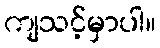
ကျသင့်မှာပါ။